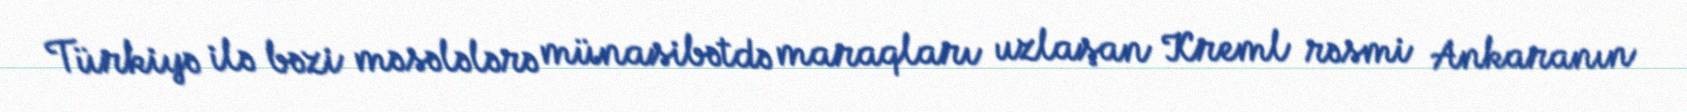
Türkiyə ilə bəzi məsələlərə münasibətdə maraqları uzlaşan Kreml rəsmi Ankaranın